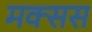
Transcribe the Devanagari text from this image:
मक्सस